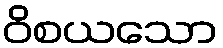
ဝိစယသော